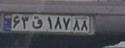
۶۳&۱۸۷۸۸